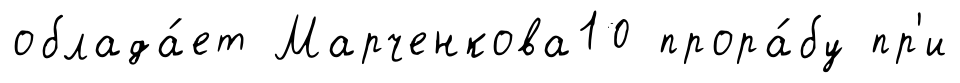
облада́ет Марченкова10 прора́бу пр'и